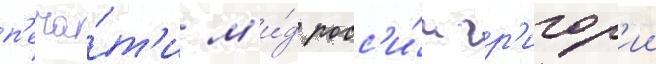
п'еча́т'и м'и́д росс'и́и гр'игор'ии